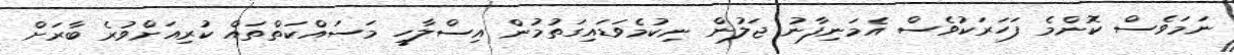
ނަމަވެސް ކޮންމެ ފަހަރަކުވެސް އެމަނިފާނު ޖަލުން ނިކުމެވަޑައިގަތުމުން އިސްލާހީ މަސައްކަތްތައް ކުރިއަށްވުރެ ބާރަށް